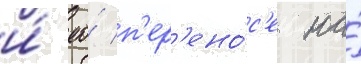
и́ ео́ п'ер'ено́с'е на́